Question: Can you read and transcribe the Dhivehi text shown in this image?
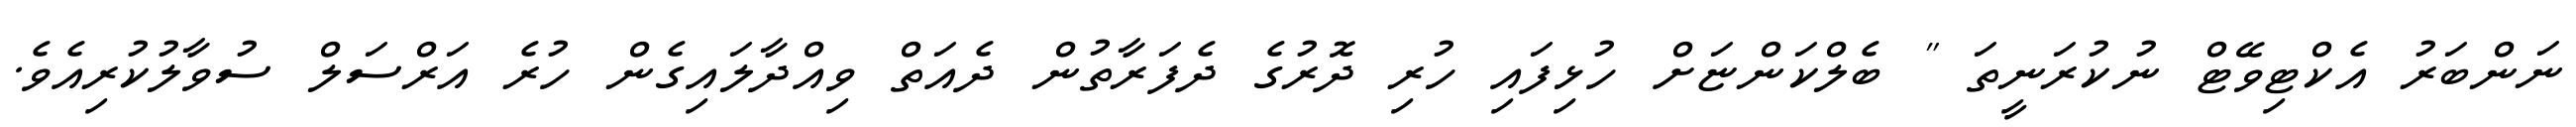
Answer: ނަންބަރު އެކްޓިވޭޓް ނުކުރަނީތަ " ބެލްކަންޏަށް ހުޅިފައި ހުރި ދޮރުގެ ދެފަރާތުން ދެއަތް ވިއްދާލައިގެން ހުރެ އަރްސަލް ސުވާލުކުރިއެވެ.